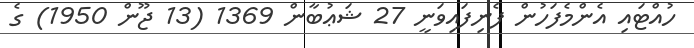
ހުއްޓައި އެންމެފަހުން ފެނިފައިވަނީ 27 ޝަޢުބާން 1369 (13 ޖޫން 1950) ގެ